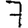
Digit: 7